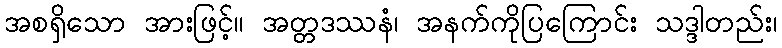
အစရှိသော အားဖြင့်။ အတ္တဒဿနံ၊ အနက်ကိုပြကြောင်း သဒ္ဒါတည်း၊